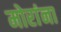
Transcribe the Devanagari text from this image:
मोरांना